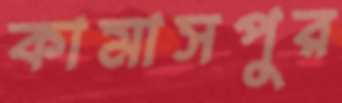
কামাসপুর